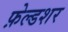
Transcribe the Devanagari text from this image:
फ़ेल्डशर